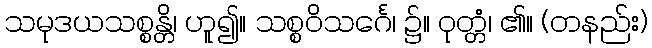
သမုဒယသစ္စန္တိ၊ ဟူ၍။ သစ္စဝိသင်္ဂေ၊ ၌။ ဝုတ္တံ၊ ၏။ (တနည်း)